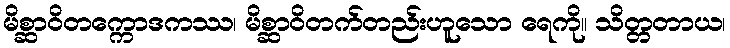
မိစ္ဆာဝိတက္ကောဒကဿ၊ မိစ္ဆာဝိတက်တည်းဟူသော ရေကို။ သိတ္တတာယ၊